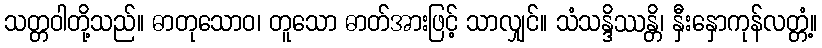
သတ္တဝါတို့သည်။ ဓာတုသောဝ၊ တူသော ဓာတ်အားဖြင့် သာလျှင်။ သံသန္ဒိဿန္တိ၊ နှီးနှောကုန်လတ္တံ့။